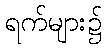
ရက်များ၌